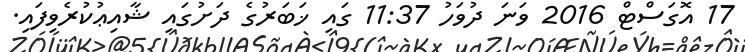
17 އޮގަސްޓް 2016 ވަނަ ދުވަހު 11:37 ގައި ޚަބަރުގެ ދަށުގައި ޝާއިޢުކުރެވިފައި.